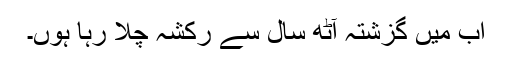
اب میں گزشتہ آٹھ سال سے رکشہ چلا رہا ہوں۔